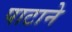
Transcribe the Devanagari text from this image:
पाटाने